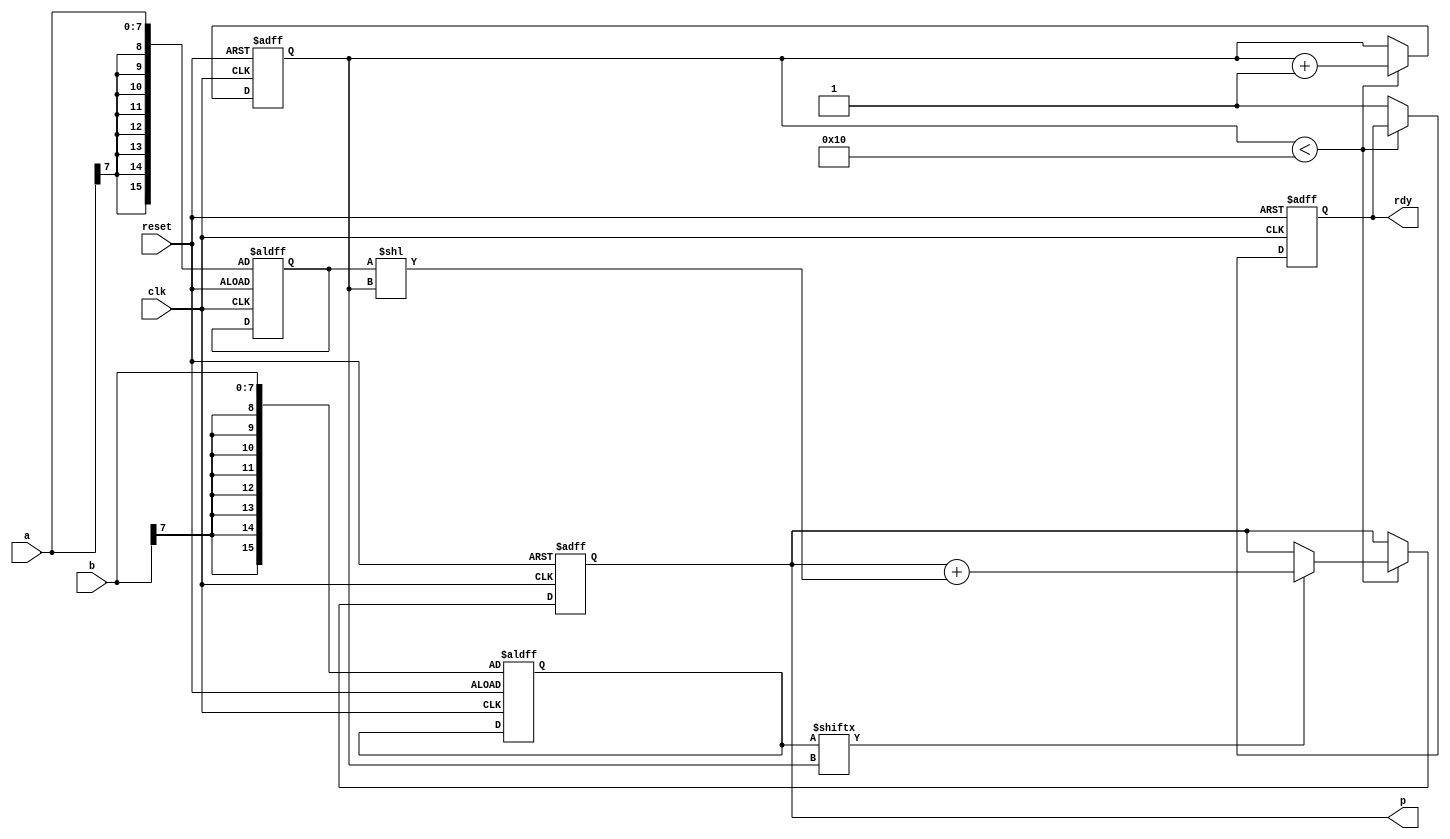
//	Description: Behavioural model of a sequential multiplier (Shift and add)
//	Assignment 1 Computer Organisation EE2003, Fall 2020

`define width 8                                                         // width of input signals a, b
`define ctrwidth 4                                                      // counter tracking number of shift and adds

module seq_mult(p, rdy,	                                                //output signals 
		clk, reset, a, b                                                    //input signals
		);
                                                                        //declare type and length of signals 
output reg [2*`width - 1: 0] p;                                         // product of two N bit numbers cannot exceed 2N bits
output reg rdy;                                                         
input clk, reset;
input [`width -1 : 0] a, b;
//
reg [`ctrwidth: 0] ctr;
reg [2*`width - 1: 0] mult_a, mult_b;
//
always @(posedge clk or posedge reset) begin
  if (reset) begin
    rdy <= 1'b0;
    ctr <= 0;
    p <= 0;
    mult_a <= {{`width{a[`width-1]}}, a}; 	// `width{vector} replicates vector `width times
    mult_b <= {{`width{b[`width-1]}}, b};	
  end	// end if	
  else begin
    if (ctr < {1'b1, {`ctrwidth{1'b0}}}) begin        
      if(mult_b[ctr] == 1'b1) p <= p + {mult_a<<ctr};
      ctr <= ctr + 1'b1; // increment counter  
   end //end if
   else rdy <= 1'b1; 
  end // end else begin...
end	//end always block
endmodule